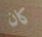
كان